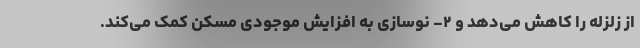
از زلزله را کاهش می‌دهد و ۲- نوسازی به افزایش موجودی مسکن کمک می‌کند.